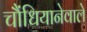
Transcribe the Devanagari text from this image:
चौंधियानेवाले